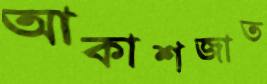
আকাশজাত